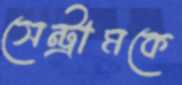
সেন্ট্রামকে